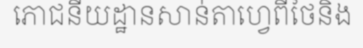
ភោជនីយដ្ឋានសាន់តាហ្វេពីថៃនិង